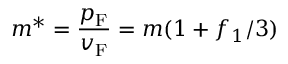
m ^ { * } = { \frac { p _ { \mathrm { { F } } } } { v _ { \mathrm { { F } } } } } = m ( 1 + f _ { 1 } / 3 )